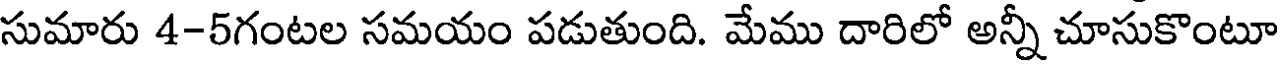
సుమారు 4-5గంటల సమయం పడుతుంది. మేము దారిలో అన్నీ చూసుకొంటూ